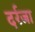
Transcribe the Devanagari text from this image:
दर्रजा